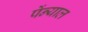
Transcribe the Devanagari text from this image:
पेंन्याल